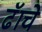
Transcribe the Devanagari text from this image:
ढॅाचे